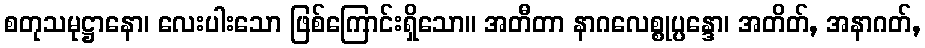
စတုသမုဋ္ဌာနော၊ လေးပါးသော ဖြစ်ကြောင်းရှိသော။ အတီတာ နာဂလေစ္စုပ္ပန္ဒော၊ အတိတ်, အနာဂတ်,